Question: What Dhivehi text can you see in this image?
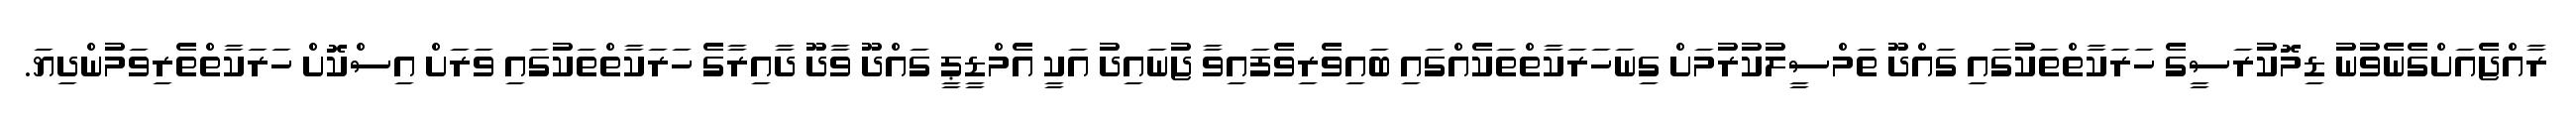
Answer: ރާއްޖެއަށްގެނެވުނު ޑިމޮކުރަސީގެ ހަރަކާތްތަކުގައި ގައްދޫ ތަމްސީލުކުރުމަށް ގިނަހަރަކާތްތަކެއްގައި ބައިވެރިވެފައިވާ ޖުނައިދު އަކީ އެމްޑީޕީ ގައްދޫ ވާދޫ ދާއިރާގެ ހަރަކާތްތަކުގައި ވަރަށް އިސްކޮށް ހަރަކާތްތެރިވަމުންދިޔަ.